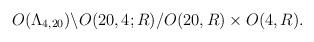
LaTeX: \begin{align*}O(\Lambda_{4,20})\backslash O(20,4;R)/O(20,R) \times O(4,R).\end{align*}